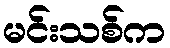
မင်းသစ်က